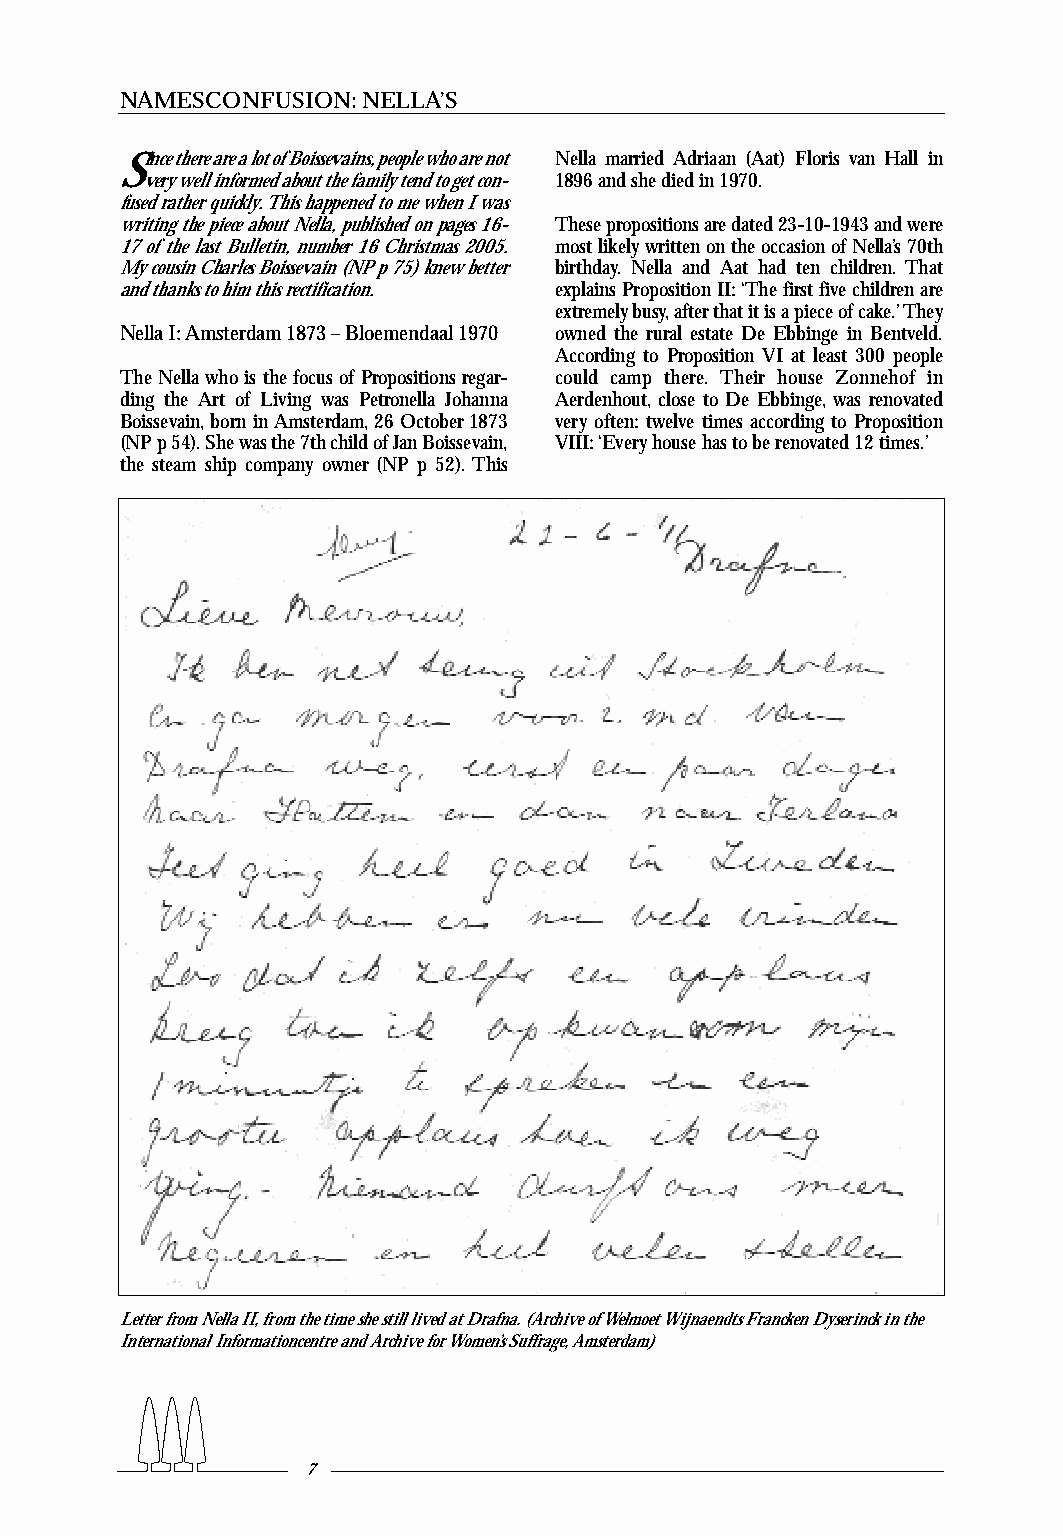
NAMESCONFUSION:NELLA’S
 Since there are a lot ofBoissevains,people who are not Nella married Adriaan (Aat) Floris van Hall in
 very well informed about the family tend to get con- 1896 and she died in 1970.
 fused rather quickly.This happened to me when I was
 writing the piece about Nella,published on pages 16- These propositions are dated 23-10-1943 and were
 17 of the last Bulletin, number 16 Christmas 2005. most likely written on the occasion of Nella’s 70th
 My cousin Charles Boissevain (NP p 75) knew better birthday. Nella and Aat had ten children. That
 and thanks to him this rectification. explains Proposition II:‘The first five children are
 extremely busy,after that it is a piece of cake.’They
 Nella I:Amsterdam 1873 – Bloemendaal 1970 owned the rural estate De Ebbinge in Bentveld.
 According to Proposition VI at least 300 people
 The Nella who is the focus of Propositions regar- could camp there. Their house Zonnehof in
 ding the Art of Living was Petronella Johanna Aerdenhout, close to De Ebbinge, was renovated
 Boissevain,born in Amsterdam,26 October 1873 very often: twelve times according to Proposition
 (NP p 54).She was the 7th child of Jan Boissevain, VIII:‘Every house has to be renovated 12 times.’
 the steam ship company owner (NP p 52). This
 Letter from Nella II,from the time she still lived at Drafna.(Archive ofWelmoet Wijnaendts Francken Dyserinck in the
 International Informationcentre and Archive for Women’s Suffrage,Amsterdam)
 7